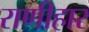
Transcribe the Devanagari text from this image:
राणीहार